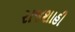
રાજશાહી